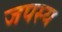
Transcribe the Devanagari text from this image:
जपस्य